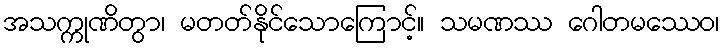
အသက္ကုဏိတွာ၊ မတတ်နိုင်သောကြောင့်။ သမဏဿ ဂေါတမဿေဝ၊